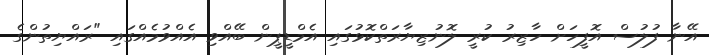
އޭނާ ފުލުސް އޮފީހަށް ހާޒިރު ކުރީ ލޮނުޒިޔާރަތްކޮޅުގައި އެމްޑީޕީން ބޭއްވި އެއްވުމެއްގައި "ރައްޔިތުންގެ